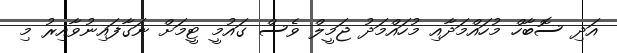
އަދި ސޮބާހް މުހައްމަދާއި މުހައްމަދު ޖަމީލް ވެސް ގައުމީ ޓީމަށް ނަގާފައިނުވާއިރު މި